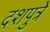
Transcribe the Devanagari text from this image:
दशपुत्रे